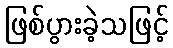
ဖြစ်ပွားခဲ့သဖြင့်